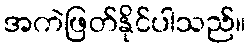
အကဲဖြတ်နိုင်ပါသည်။